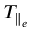
T _ { \parallel _ { e } }